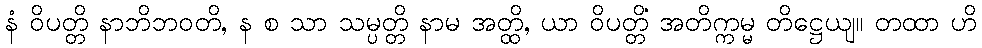
နံ ဝိပတ္တိ နာဘိဘဝတိ, န စ သာ သမ္ပတ္တိ နာမ အတ္ထိ, ယာ ဝိပတ္တိံ အတိက္ကမ္မ တိဋ္ဌေယျ။ တထာ ဟိ